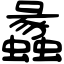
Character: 蠡